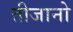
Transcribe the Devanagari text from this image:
तीजानो